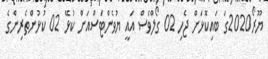
ޔޫރޯ2020ގަ ބައިކޮޅަށް ޖެހި 02 ގޯލްވެސް އައީ ޔުވެންޓަސްއަށް ކުޅޭ 02 ކުޅުންތެރިންގެ